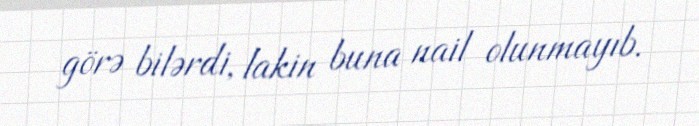
görə bilərdi, lakin buna nail olunmayıb.